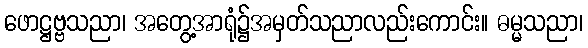
ဖောဋ္ဌဗ္ဗသညာ၊ အတွေ့အာရုံ၌အမှတ်သညာလည်းကောင်း။ ဓမ္မသညာ၊